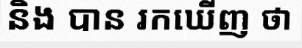
និង បាន រកឃើញ ថា